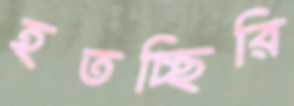
হতচ্ছিরি